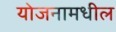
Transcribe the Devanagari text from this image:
योजनामधील